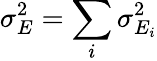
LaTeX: \sigma_{E}^{2}=\sum_{i}\sigma_{E_{i}}^{2}